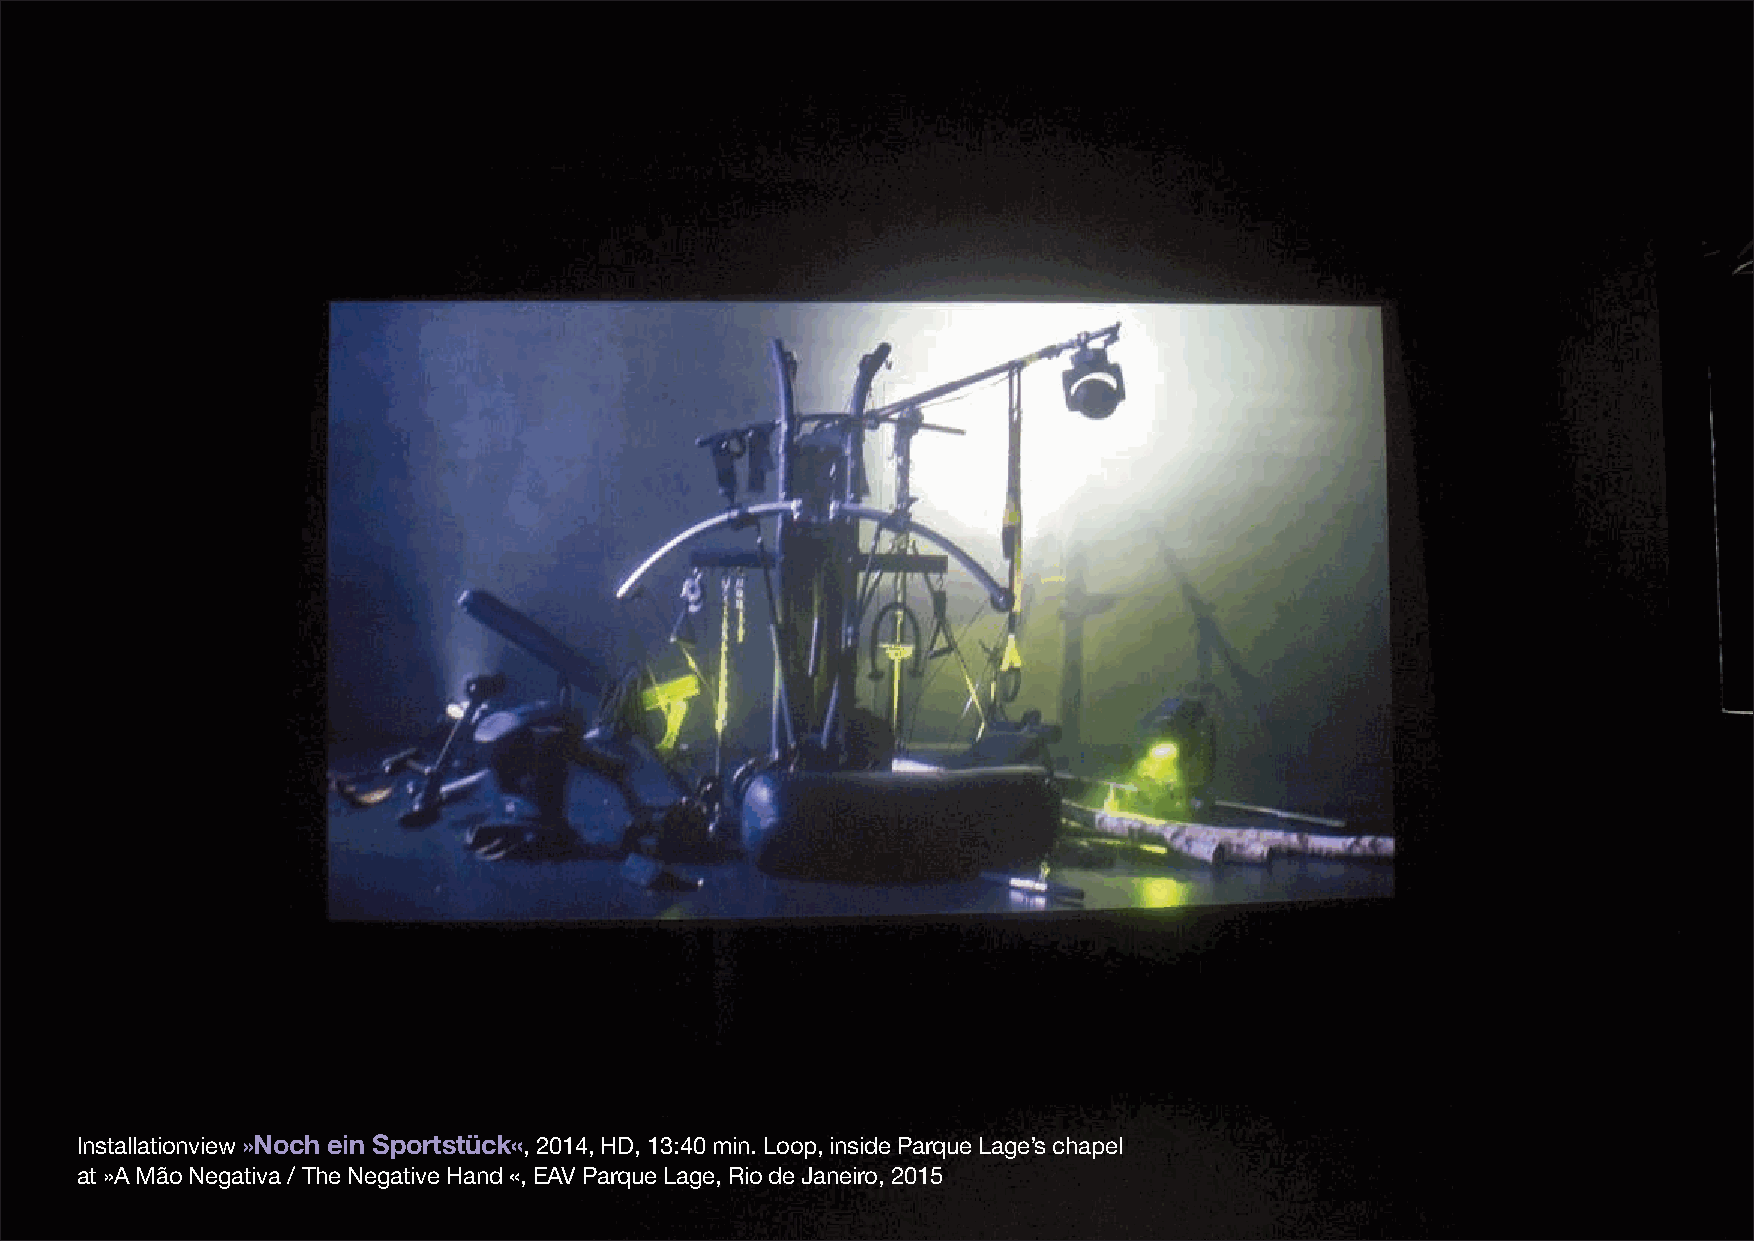
Installationview»Noch ein Sportstück«,2014, HD, 13:40 min. Loop, inside Parque Lage’s chapel
 at »A Mão Negativa / The Negative Hand «, EAV Parque Lage, Rio de Janeiro, 2015